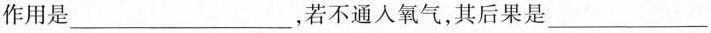
作用是___，若不通入氧气，其后果是___